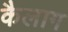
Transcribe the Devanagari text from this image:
कैलाग